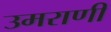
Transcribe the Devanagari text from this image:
उमराणी